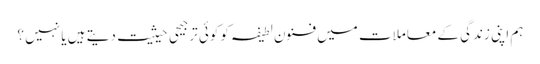
ہم اپنی زندگی کے معاملات میں فنونِ لطیفہ کو کوئی ترجیحی حیثیت دیتے ہیں یا نہیں ؟